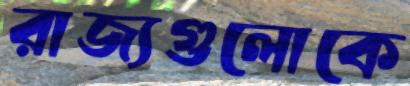
রাজ্যগুলোকে